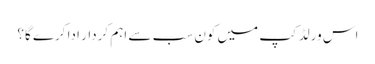
اس ورلڈکپ میں کون سب سے اہم کردار ادا کرے گا؟